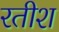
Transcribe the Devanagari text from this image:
रतीश